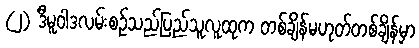
(၂) ဒီမူဝါဒလမ်းစဉ်သည်ပြည်သူလူထုက တစ်ချိန်မဟုတ်တစ်ချိန်မှာ